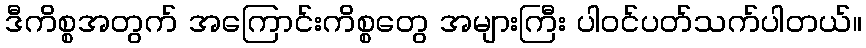
ဒီကိစ္စအတွက် အကြောင်းကိစ္စတွေ အများကြီး ပါဝင်ပတ်သက်ပါတယ်။